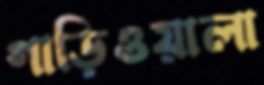
গাড়িওয়ালা